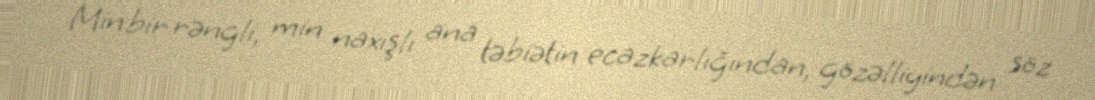
Min bir rəngli, min naxışlı ana təbiətin ecazkarlığından, gözəlliyindən söz